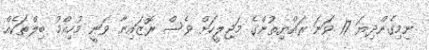
ނިމިގެންދިޔަ 17 ވަނަ ރައްޔިތުންގެ މަޖިލީހަށް ވެސް ރޮޒައިނާ ވަނީ މުހިއްމު ބިލްތަކެއް